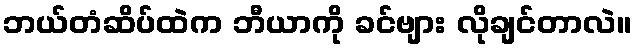
ဘယ်တံဆိပ်ထဲက ဘီယာကို ခင်ဗျား လိုချင်တာလဲ။